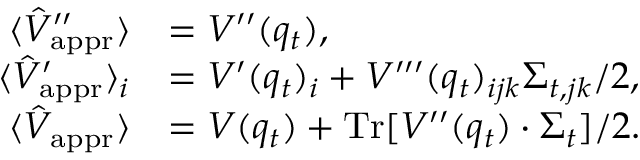
\begin{array} { r l } { \langle \hat { V } _ { \mathrm { a p p r } } ^ { \prime \prime } \rangle } & { = V ^ { \prime \prime } ( q _ { t } ) , } \\ { \langle \hat { V } _ { \mathrm { a p p r } } ^ { \prime } \rangle _ { i } } & { = V ^ { \prime } ( q _ { t } ) _ { i } + V ^ { \prime \prime \prime } ( q _ { t } ) _ { i j k } \Sigma _ { t , j k } / 2 , } \\ { \langle \hat { V } _ { \mathrm { a p p r } } \rangle } & { = V ( q _ { t } ) + \operatorname { T r } [ V ^ { \prime \prime } ( q _ { t } ) \cdot \Sigma _ { t } ] / 2 . } \end{array}